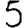
Digit: 5